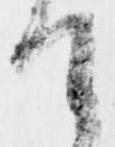
て